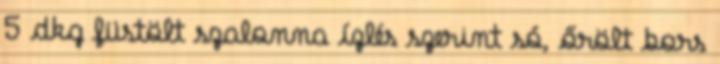
5 dkg füstölt szalonna ízlés szerint só, őrölt bors